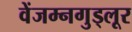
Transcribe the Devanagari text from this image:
वेंजम्नगुड्लूर